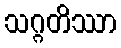
သဂ္ဂတိဿာ